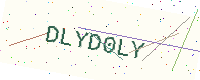
Text: DLYD0LY